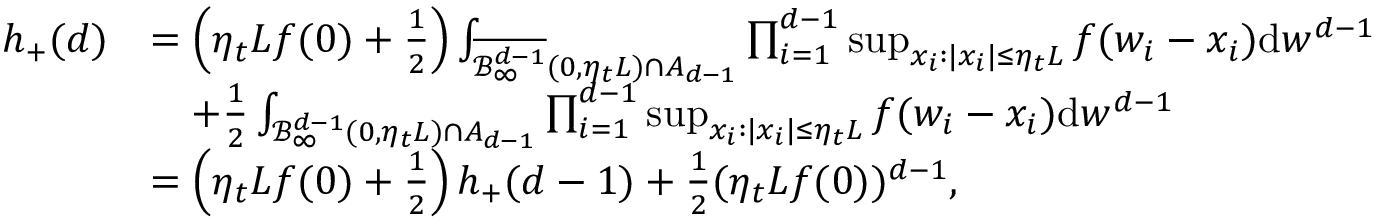
\begin{array} { r l } { h _ { + } ( d ) } & { = \left( \eta _ { t } L f ( 0 ) + \frac { 1 } { 2 } \right) \int _ { \overline { { \mathcal { B } _ { \infty } ^ { d - 1 } } } ( 0 , \eta _ { t } L ) \cap A _ { d - 1 } } \prod _ { i = 1 } ^ { d - 1 } \operatorname* { s u p } _ { x _ { i } : | x _ { i } | \leq \eta _ { t } L } f ( w _ { i } - x _ { i } ) \mathrm { d } w ^ { d - 1 } } \\ & { \quad + \frac { 1 } { 2 } \int _ { { \mathcal { B } _ { \infty } ^ { d - 1 } } ( 0 , \eta _ { t } L ) \cap A _ { d - 1 } } \prod _ { i = 1 } ^ { d - 1 } \operatorname* { s u p } _ { x _ { i } : | x _ { i } | \leq \eta _ { t } L } f ( w _ { i } - x _ { i } ) \mathrm { d } w ^ { d - 1 } } \\ & { = \left( \eta _ { t } L f ( 0 ) + \frac { 1 } { 2 } \right) h _ { + } ( d - 1 ) + \frac { 1 } { 2 } ( \eta _ { t } L f ( 0 ) ) ^ { d - 1 } , } \end{array}